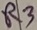
Text: R3